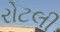
રોટલી